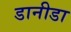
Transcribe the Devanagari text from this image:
डानीडा